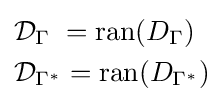
{\begin{aligned}&{\mathcal {D}}_{\Gamma }\;=\operatorname {ran} (D_{\Gamma })\\&{\mathcal {D}}_{\Gamma ^{*}}=\operatorname {ran} (D_{\Gamma ^{*}})\end{aligned}}